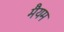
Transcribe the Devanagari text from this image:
मैयम